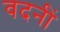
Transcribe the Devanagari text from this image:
वदनीं